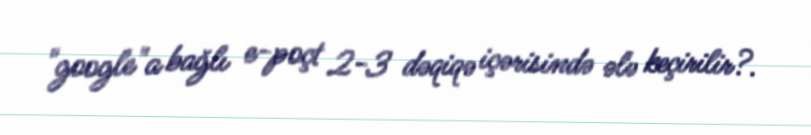
"google"a bağlı e-poçt 2-3 dəqiqə içərisində ələ keçirilir?.